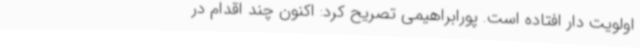
اولویت دار افتاده است. پورابراهیمی تصریح کرد: اکنون چند اقدام در